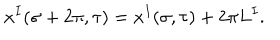
x ^ { I } ( \sigma + 2 \pi , \tau ) = x ^ { I } ( \sigma , \tau ) + 2 \pi L ^ { I } .